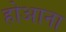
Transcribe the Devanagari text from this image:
होआना